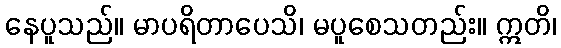
နေပူသည်။ မာပရိတာပေသိ၊ မပူစေသတည်း။ ဣတိ၊